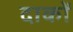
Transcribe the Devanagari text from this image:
दाकों